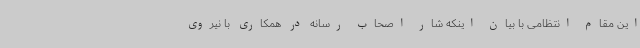
این مقام انتظامی با بیان اینکه شار اصحاب رسانه در همکاری با نیروی